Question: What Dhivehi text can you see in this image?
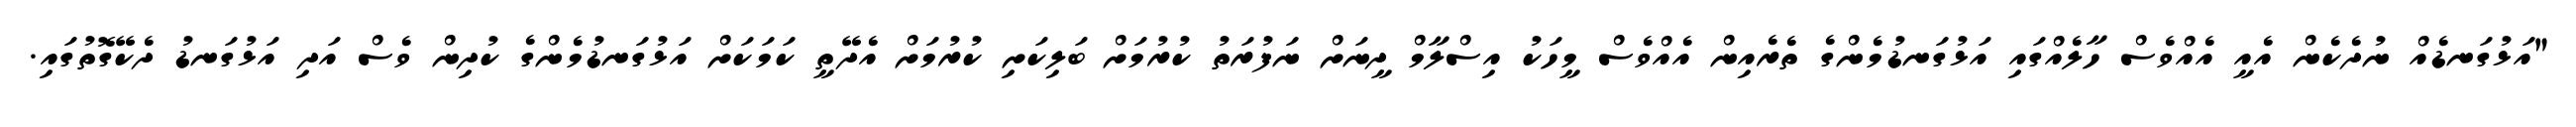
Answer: "އަޅުގަނޑެއް ނުދެކެން އެއީ އެއްވެސް ހާލެއްގައި އަޅުގަނޑުމެންގެ ތެރެއިން އެއްވެސް މީހަކު އިސްލާމް ދީނަށް ނަފުރަތު ކުރުމަށް ބަލިކަށި ކުރުމަށް އެދޭތީ ކަމަކަށް އަޅުގަނޑުމެންގެ ކުދިން ވެސް އަދި އަޅުގަނޑު ދެކޭގޮތުގައި.